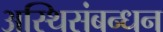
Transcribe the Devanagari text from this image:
अस्थिसंबन्धन